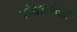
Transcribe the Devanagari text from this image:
दोघांभोवती